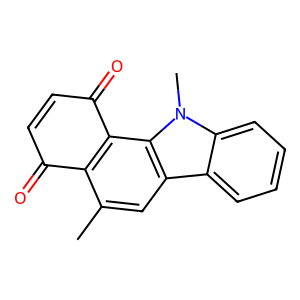
SMILES: Cc1cc2c3ccccc3n(C)c2c2c1C(=O)C=CC2=O
Inhibits HIV replication: No